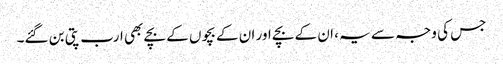
جس کی وجہ سے یہ ، ان کے بچے اور ان کے بچوں کے بچے بھی ارب پتی بن گئے۔